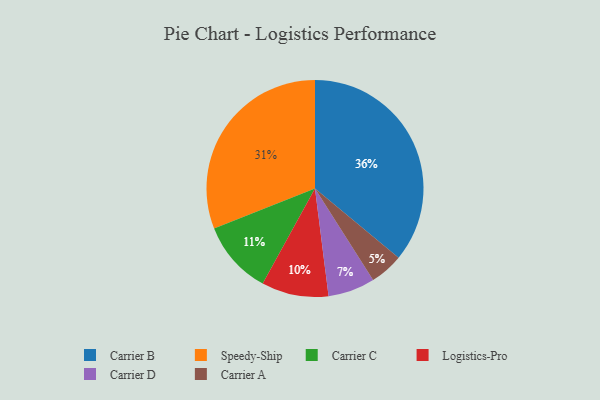
{"axis": {"x": "Category", "y": "Percentage"}, "legend": ["Carrier A", "Carrier B", "Carrier C", "Carrier D", "Logistics-Pro", "Speedy-Ship"], "data": [{"x": "Speedy-Ship", "y": 31, "type": "Speedy-Ship"}, {"x": "Carrier B", "y": 36, "type": "Carrier B"}, {"x": "Carrier A", "y": 5, "type": "Carrier A"}, {"x": "Carrier D", "y": 7, "type": "Carrier D"}, {"x": "Carrier C", "y": 11, "type": "Carrier C"}, {"x": "Logistics-Pro", "y": 10, "type": "Logistics-Pro"}]}